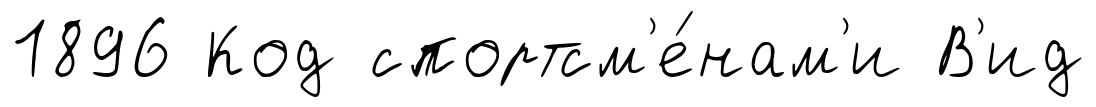
1896 Код спортсм'е́нам'и В'ид